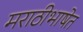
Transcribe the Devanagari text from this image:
मराठीभाषेत